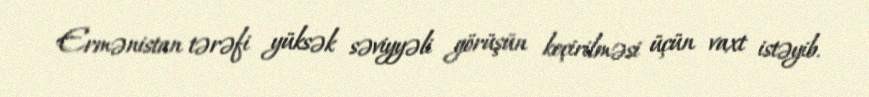
Ermənistan tərəfi yüksək səviyyəli görüşün keçirilməsi üçün vaxt istəyib.